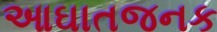
આઘાતજનક